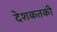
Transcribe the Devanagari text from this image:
देशकतकी